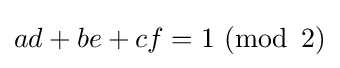
ad+be+cf=1\ (\operatorname {mod} \ 2)